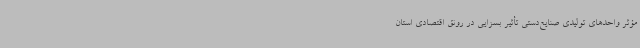
مؤثر واحدهای تولیدی صنایع‌دستی تأثیر بسزایی در رونق اقتصادی استان